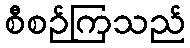
စီစဉ်ကြသည်